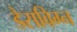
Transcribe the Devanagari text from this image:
डेसविग्न